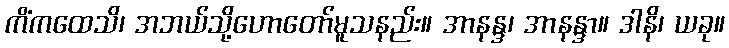
ကိံကထေသိ၊ အဘယ်သို့ဟောတော်မူသနည်း။ အာနန္ဒ၊ အာနန္ဒာ။ ဒါနိ၊ ယခု။